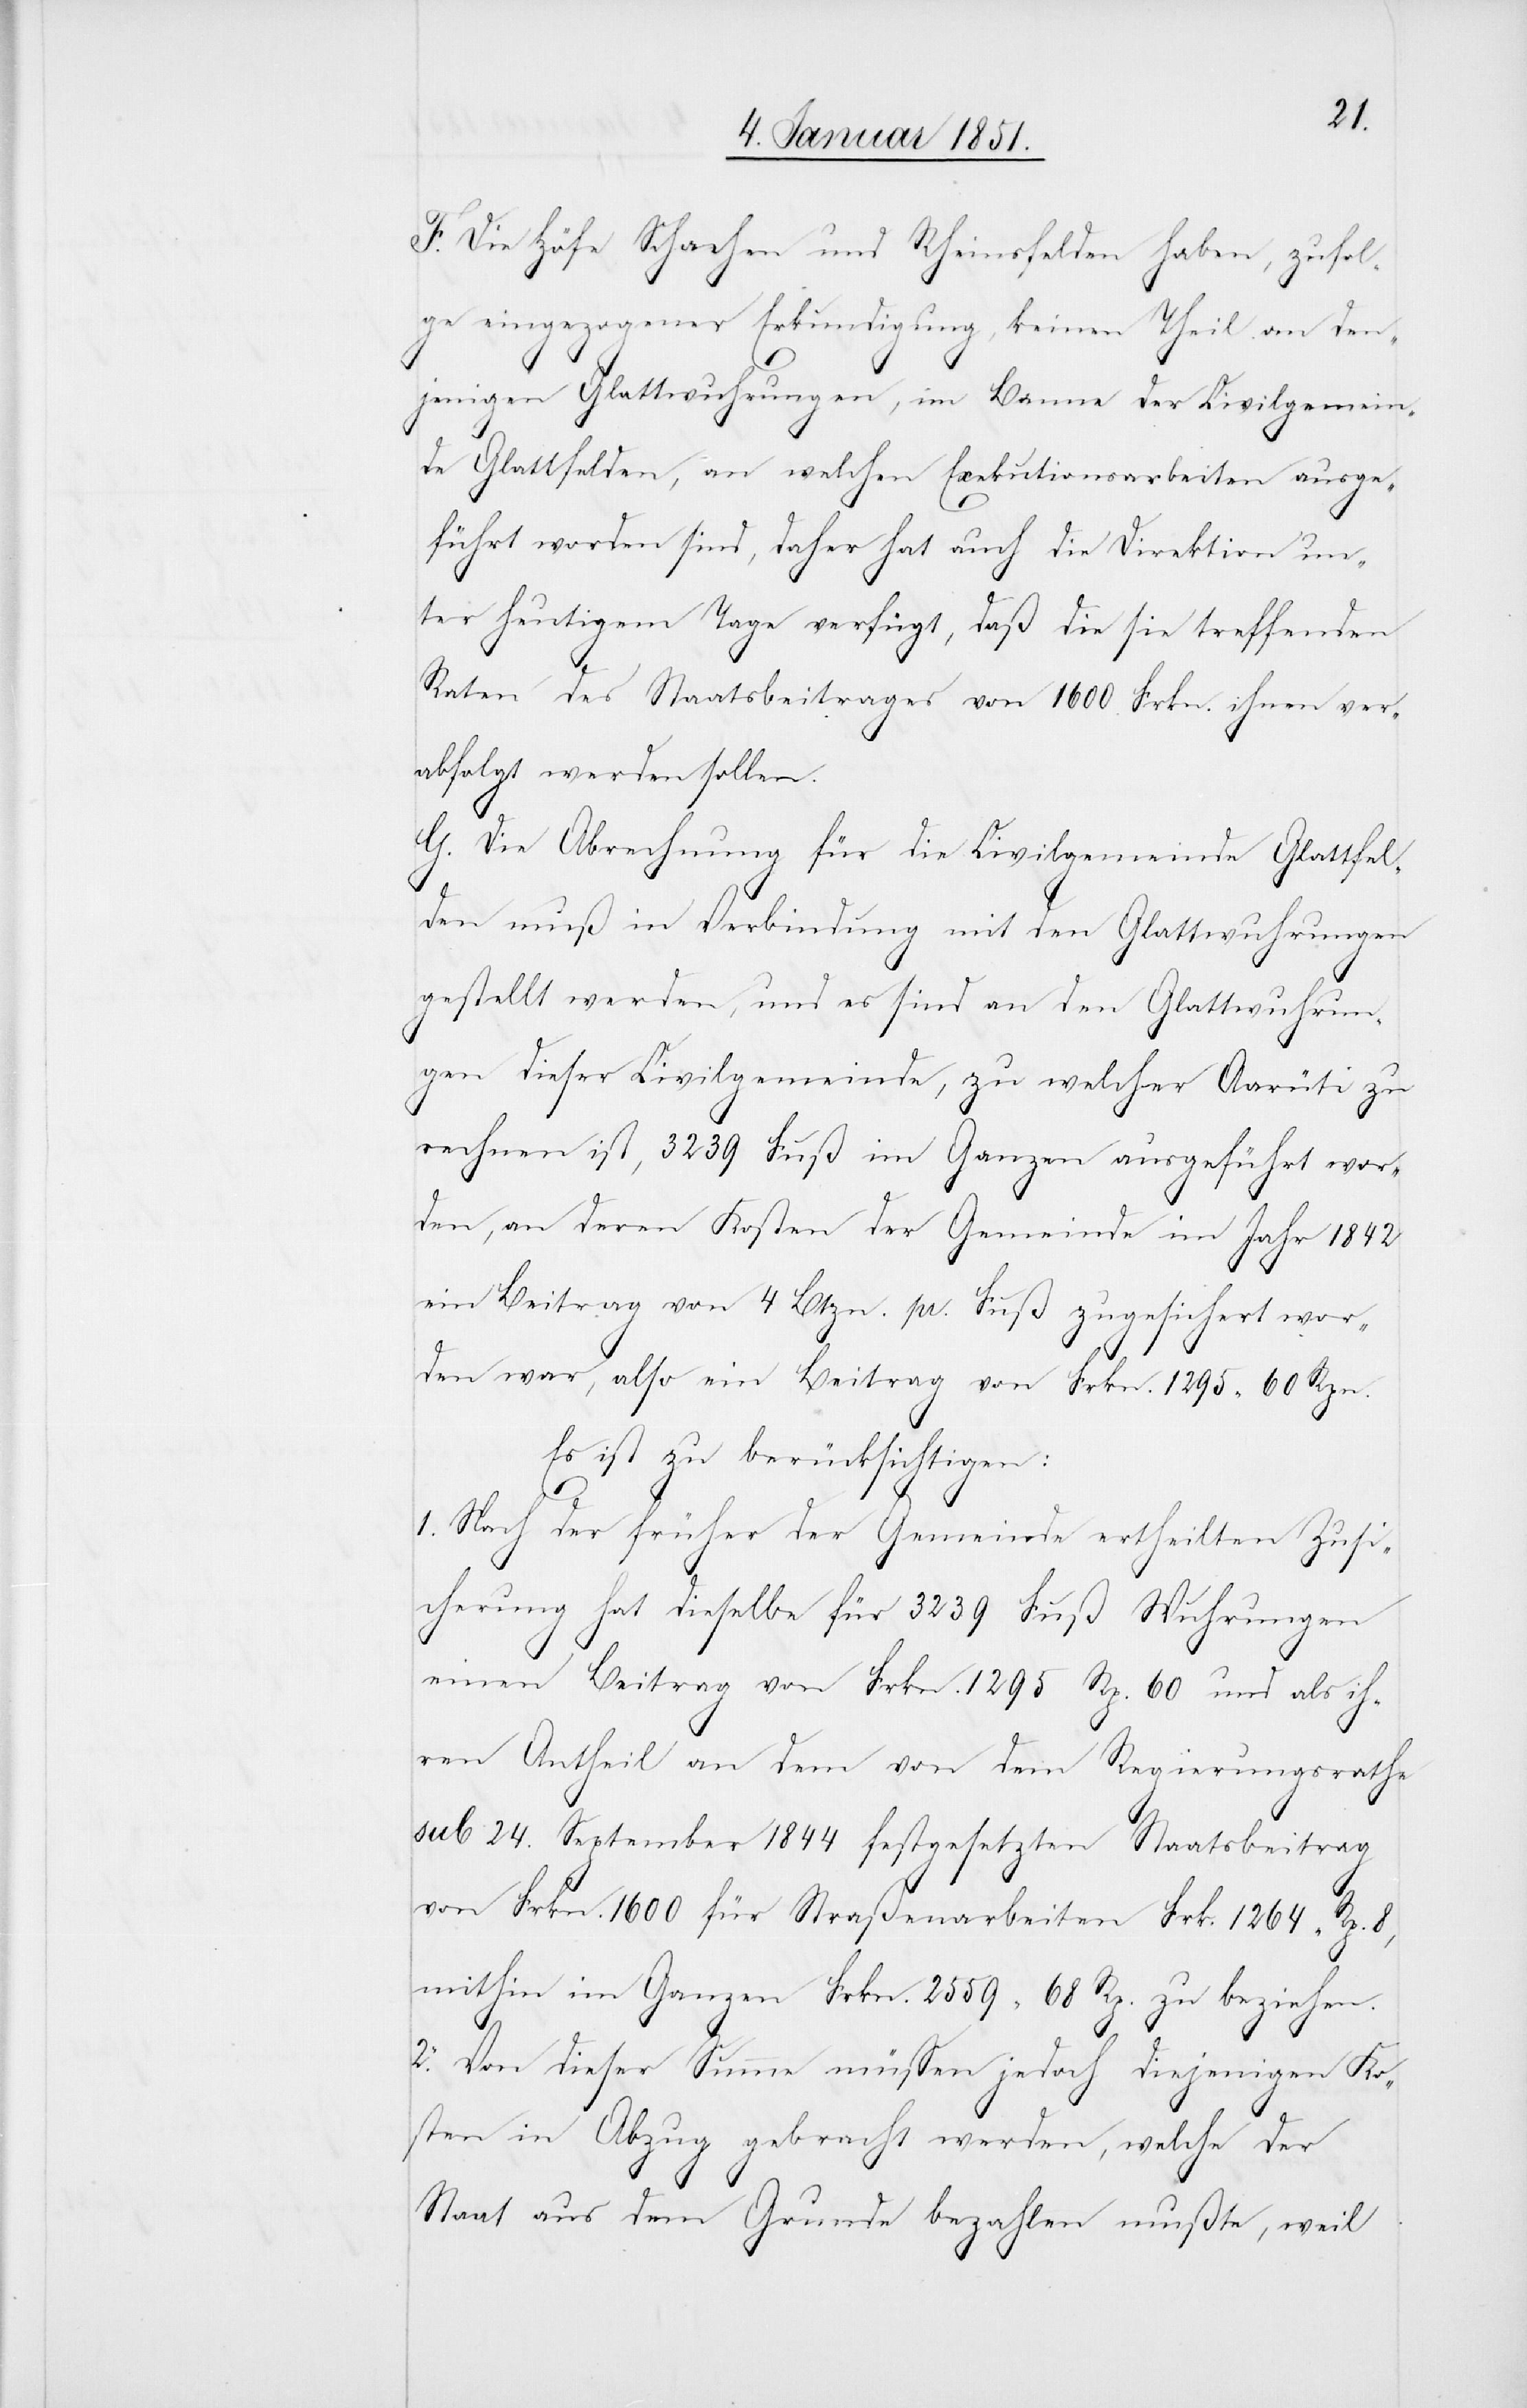
F. Die Höfe Schachen und Rheinsfelden haben, zufol¬
ge eingezogener Erkundigung, keinen Theil von den¬
jenigen Glattwuhrungen, im Banne der Civilgemein¬
de Glattfelden, an welchen Exekutionsarbeiten ausge¬
führt worden sind, daher hat auch die Direktion un¬
ter heutigem Tage verfügt, daß die sie treffenden
Raten des Staatsbeitrages von 1600. Frkn. ihnen ver¬
abfolgt werden sollen.
G. Die Abrechnung für die Civilgemeinde Glattfel¬
den muß in Verbindung mit den Glattwuhrungen
gestellt werden, und es sind an den Glattwuhrun¬
gen dieser Civilgemeinde, zu welcher Aarüti zu
rechnen ist, 3239 Fuß im Ganzen ausgeführt wor¬
den, an deren Kosten der Gemeinde im Jahr 1842
ein Beitrag von 4 Btzn. pr. Fuß zugesichert wor¬
den war, also ein Beitrag von Frkn. 1295 60 Rpn.
Es ist zu berücksichtigen:
1. Nach der früher der Gemeinde ertheilten Zusi¬
cherung hat dieselbe für 3239 Fuß Wuhrungen
einen Beitrag von Frkn. 1295 Rp. 60 und als ih¬
ren Antheil an dem von dem Regierungsrathe
sub 24. September 1844 festgesetzten Staatsbeitrag
von Frkn. 1600 für Straßenarbeiten Frk. 1264 Rp. 8,
mithin im Ganzen Frkn. 2559 68 Rp. zu beziehen.
2. Von dieser Summe müssen jedoch diejenigen Ko¬
sten in Abzug gebracht werden, welche der
Staat aus dem Grunde bezahlen mußte, weil